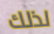
لذلك